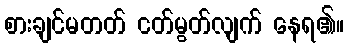
စားချင်မတတ် ငတ်မွတ်လျက် နေရ၏။